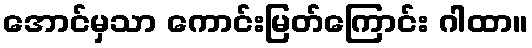
အောင်မှသာ ကောင်းမြတ်ကြောင်း ဂါထာ။